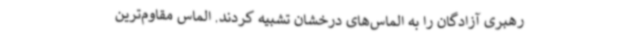
رهبری آزادگان را به الماس‌های درخشان تشبیه کردند. الماس مقاوم‌ترین